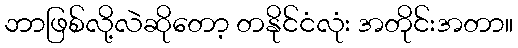
ဘာဖြစ်လို့လဲဆိုတော့ တနိုင်ငံလုံး အတိုင်းအတာ။